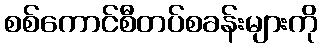
စစ်ကောင်စီတပ်စခန်းများကို